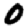
Digit: 0